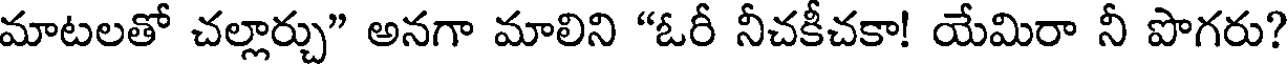
మాటలతో చల్లార్చు" అనగా మాలిని "ఓరీ నీచకీచకా! యేమిరా నీ పొగరు?